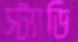
স্ট্যাডি